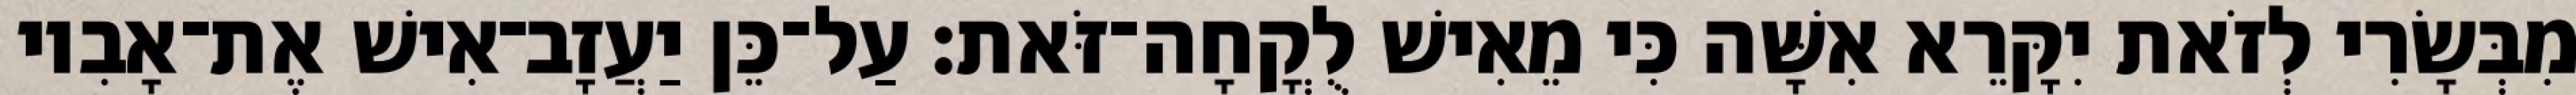
מִבְּשָׂרִי לְזֹאת יִקָּרֵא אִשָּׁה כִּי מֵאִישׁ לֻקֳחָה־זֹּאת׃ עַל־כֵּן יַעֲזָב־אִישׁ אֶת־אָבִיו